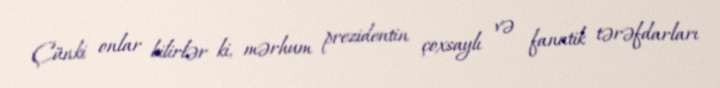
Çünki onlar bilirlər ki, mərhum prezidentin çoxsaylı və fanatik tərəfdarları